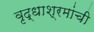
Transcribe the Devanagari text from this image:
वृद्धाश्रमांची